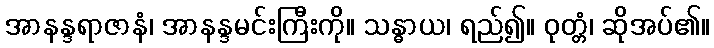
အာနန္ဒရာဇာနံ၊ အာနန္ဒမင်းကြီးကို။ သန္ဓာယ၊ ရည်၍။ ဝုတ္တံ၊ ဆိုအပ်၏။